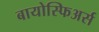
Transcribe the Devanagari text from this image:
बायोस्फिअर्स